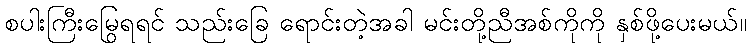
စပါးကြီးမြွေရရင် သည်းခြေ ရောင်းတဲ့အခါ မင်းတို့ညီအစ်ကိုကို နှစ်ဖို့ပေးမယ်။